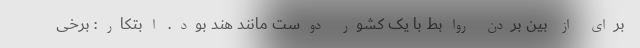
برای از بین بردن روابط با یک کشور دوست مانند هند بود. ابتکار: برخی